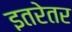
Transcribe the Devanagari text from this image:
इतरेतर